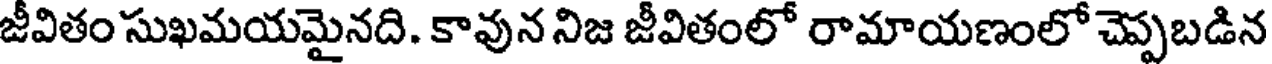
జీవితం సుఖమయమైనది. కావున నిజ జీవితంలో రామాయణంలో చెప్పబడిన